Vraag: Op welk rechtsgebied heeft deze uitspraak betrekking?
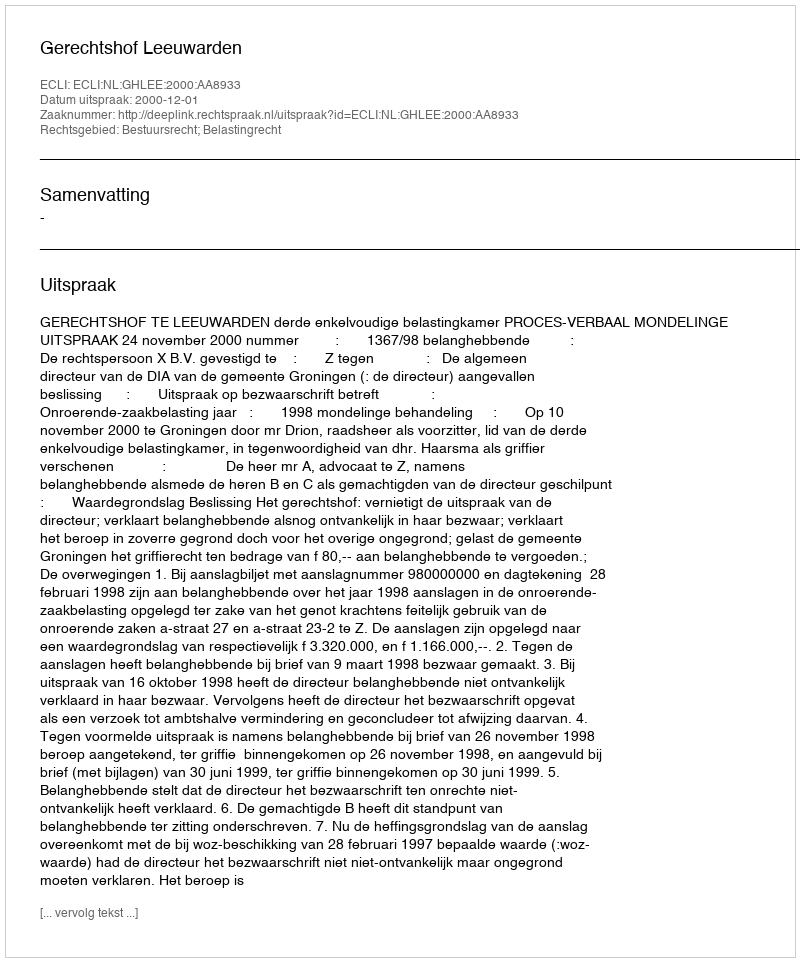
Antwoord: Bestuursrecht; Belastingrecht